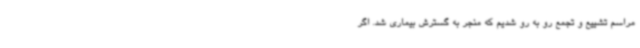
مراسم تشییع‌ و تجمع رو به رو شدیم که منجر به گسترش بیماری شد. اگر